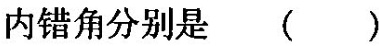
内错角分别是 ( )